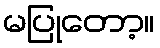
မပြုတော့။